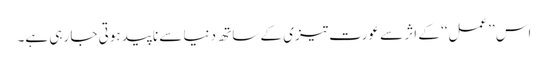
اس ’’عمل‘‘ کے اثر سے عورت تیزی کے ساتھ دنیا سے ناپید ہوتی جا رہی ہے۔